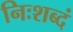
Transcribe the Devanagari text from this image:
निःशब्दं